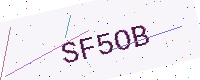
Text: SF5OB